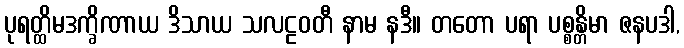
ပုရတ္ထိမဒက္ခိဏာယ ဒိသာယ သလဠဝတီ နာမ နဒီ။ တတော ပရာ ပစ္စန္တိမာ ဇနပဒါ,